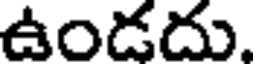
ఉండదు.